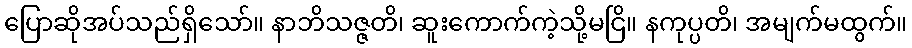
ပြောဆိုအပ်သည်ရှိသော်။ နာဘိသဇ္ဇတိ၊ ဆူးကောက်ကဲ့သို့မငြိ။ နကုပ္ပတိ၊ အမျက်မထွက်။